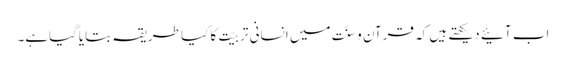
اب آئیے دیکھتے ہیں کہ قرآن و سنّت میں انسانی تربیّت کا کیا طریقہ بتایاگیاہے۔